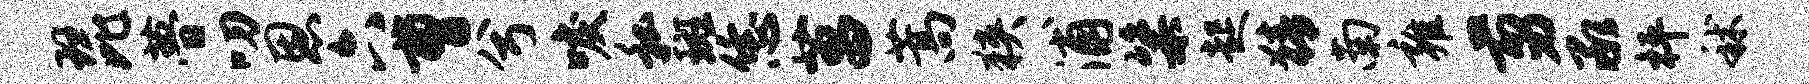
琵瞢叨恩六曹兮唳私斑恁菖蒿狭浦粢起猜南雍剪承枰秫